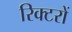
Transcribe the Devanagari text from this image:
रिक्टरों